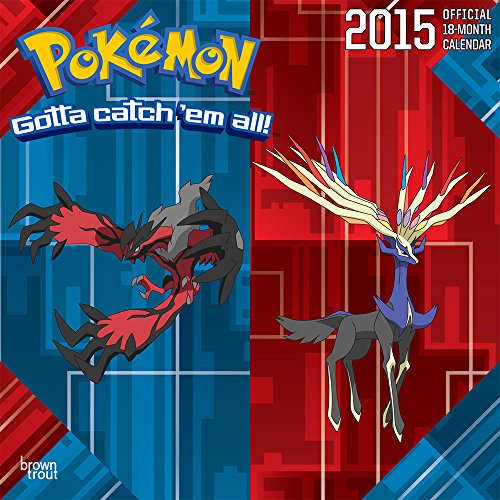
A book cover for Pokemon 2015 Square 12x12; BrownTrout; Computers & Technology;